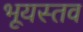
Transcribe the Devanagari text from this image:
भूयस्तव